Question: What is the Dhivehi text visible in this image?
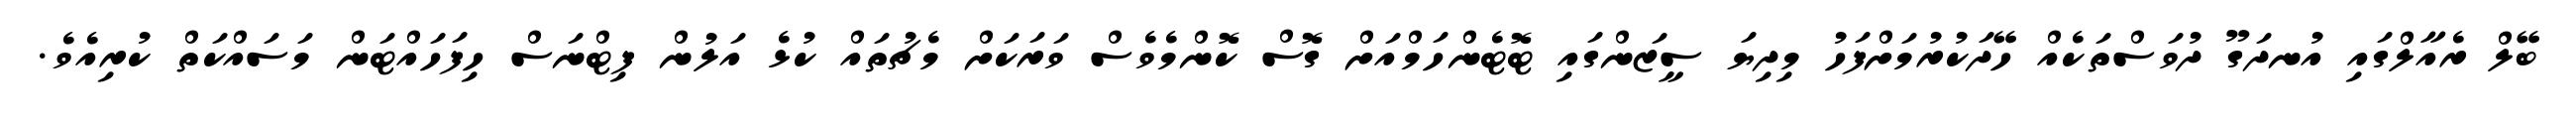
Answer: ބޭލް ރެއާލްގައި އުނދަގޫ ދުވަސްތަކެއް ހޭދަކުރުމަށްފަހު މިދިޔަ ސީޒަންގައި ޓޮޓެންހަމްއަށް ގޮސް ކޮންމެވެސް ވަރަކަށް މެޗުތައް ކުޅެ އަލުން ފިޓްނަސް ހިފަހައްޓަން މަސައްކަތް ކުރިއެވެ.